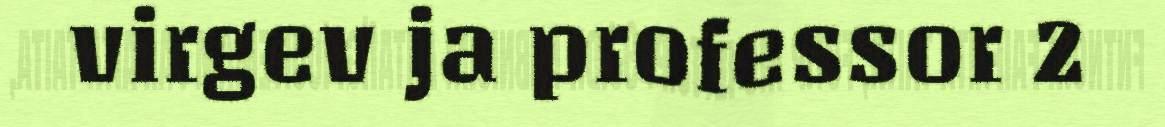
virgev ja professor 2